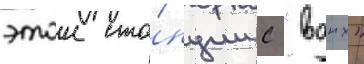
этои ста́нции с "вднх"